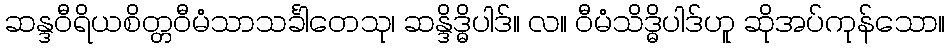
ဆန္ဒဝီရိယစိတ္တဝီမံသာသင်္ခါတေသု၊ ဆန္ဒိဒ္ဓိပါဒ်။ လ။ ဝီမံသိဒ္ဓိပါဒ်ဟူ ဆိုအပ်ကုန်သော။